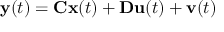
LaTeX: \mathbf { y } ( t ) = \mathbf { C } \mathbf { x } ( t ) + \mathbf { D } \mathbf { u } ( t ) + \mathbf { v } ( t )